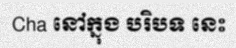
Cha នៅក្នុង បរិបទ នេះ